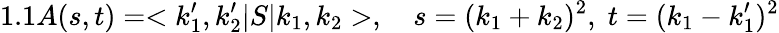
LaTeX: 1.1A(s,t)=<k_{1}^{\prime},k_{2}^{\prime}|S|k_{1},k_{2}>,\quad s=(k_{1}+k_{2})^{2},\; t=(k_{1}-k_{1}^{\prime})^{2}